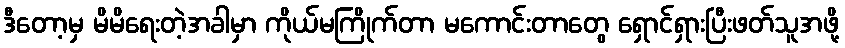
ဒီတော့မှ မိမိရေးတဲ့အခါမှာ ကိုယ်မကြိုက်တာ မကောင်းတာတွေ ရှောင်ရှားပြီးဖတ်သူအဖို့